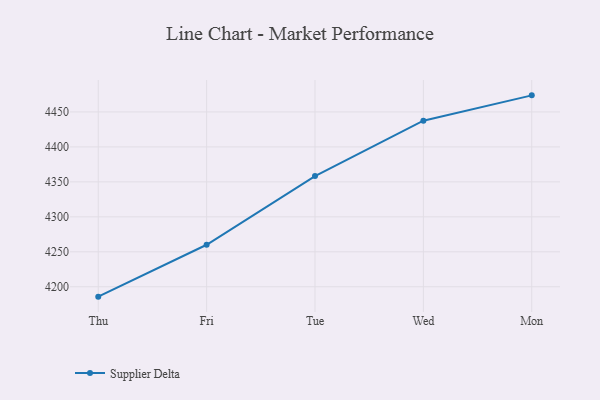
{"axis": {"x": "Day", "y": "LTV (USD)"}, "legend": ["Supplier Delta"], "data": [{"x": "Thu", "y": 4185.9, "type": "Supplier Delta"}, {"x": "Fri", "y": 4260.1, "type": "Supplier Delta"}, {"x": "Tue", "y": 4358.3, "type": "Supplier Delta"}, {"x": "Wed", "y": 4437.5, "type": "Supplier Delta"}, {"x": "Mon", "y": 4473.7, "type": "Supplier Delta"}]}